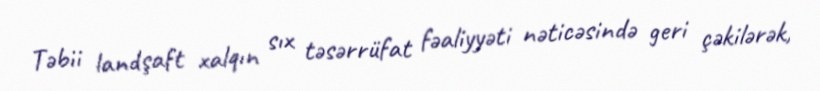
Təbii landşaft xalqın sıx təsərrüfat fəaliyyəti nəticəsində geri çəkilərək,